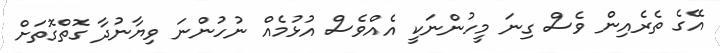
އޭގެ ތެރެއިން ވެސް ގިނަ މީހުންނަކީ އެއްވެސް އުޅުމެއް ނުހުންނަ ވިޔާނުދާ ގޮތްގޮތަށް